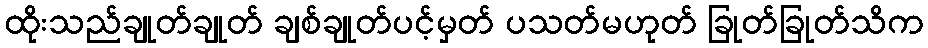
ထိုးသည်ချုတ်ချုတ် ချစ်ချုတ်ပင့်မှတ် ပသတ်မဟုတ် ခြုတ်ခြုတ်သိက